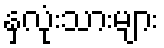
နှလုံးသားများ